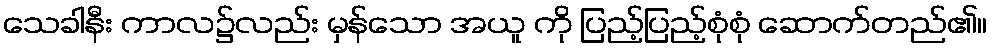
သေခါနီး ကာလ၌လည်း မှန်သော အယူ ကို ပြည့်ပြည့်စုံစုံ ဆောက်တည်၏။